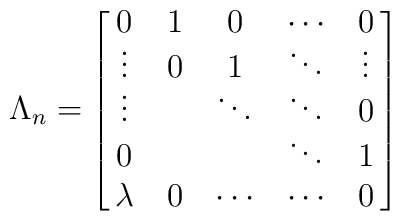
\Lambda_n=\left[\matrix{0&1&0&\cdots&0\cr\vdots&0&1&\ddots&\vdots\cr\vdots&{}&\ddots&\ddots&0\cr0&{}&{}&\ddots&1\cr\lambda &0&\cdots&\cdots&0\cr}\right]